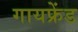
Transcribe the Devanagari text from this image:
गायफ्रेंड